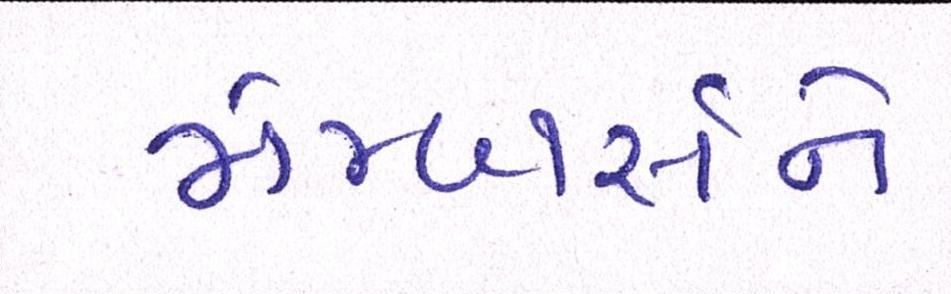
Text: મેમ્બર્સને